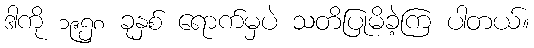
ဒါကို ၁၉၅၈ ခုနှစ် ရောက်မှပဲ သတိပြုမိခဲ့ကြ ပါတယ်။